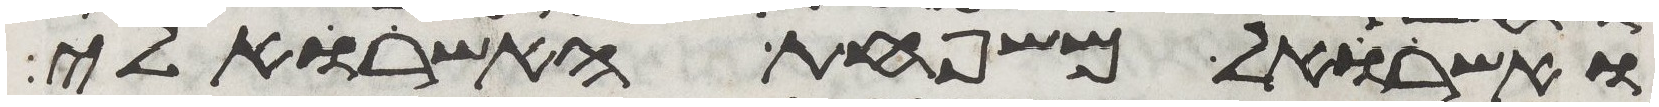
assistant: ואשרואל משפחת האשרואלי